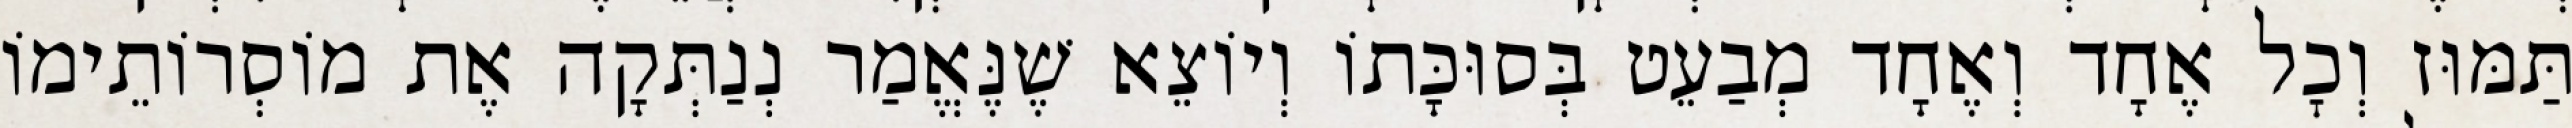
תַּמּוּז וְכׇל אֶחָד וְאֶחָד מְבַעֵט בְּסוּכָּתוֹ וְיוֹצֵא שֶׁנֶּאֱמַר נְנַתְּקָה אֶת מוֹסְרוֹתֵימוֹ